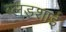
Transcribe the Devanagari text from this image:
ब्लडशाई